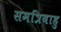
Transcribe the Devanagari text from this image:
समत्रिबाहु